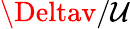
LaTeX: \Deltav/\mathcal{U}